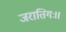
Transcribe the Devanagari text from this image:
जरातिगः।।